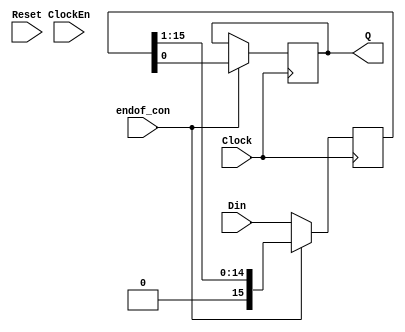
module MAX11046_module3 (Reset , Din , Clock , Q , endof_con , ClockEn); 

//
input wire Reset   ;
input wire Clock   ;
input wire endof_con;
input wire ClockEn  ;
//
//input data [15:0]   ;


output reg Q ; 
//
input [15:0] Din    ;
reg u3			   	 ; 


//
reg [15:0] temp     ;
//

always @ (negedge  Clock)
	begin
		
	if	(endof_con == 1'b0)
	 temp <= Din ; 
	else
		begin
			Q <= temp[0] ; 
			temp <= {1'b0, temp[15:1]};
		end
	end	




endmodule